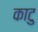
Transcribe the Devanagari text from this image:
काटु